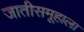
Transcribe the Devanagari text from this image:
जातीसमूहाला